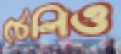
ঠেলিও